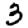
Digit: 3